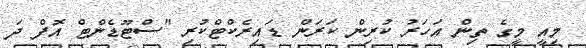
މިއީ މީގެ ތިން އަހަރު ކުރިން ކަރަން ޑައިރެކްޓްކުރި "ސްޓޫޑެންޓް އޮފް ދަ